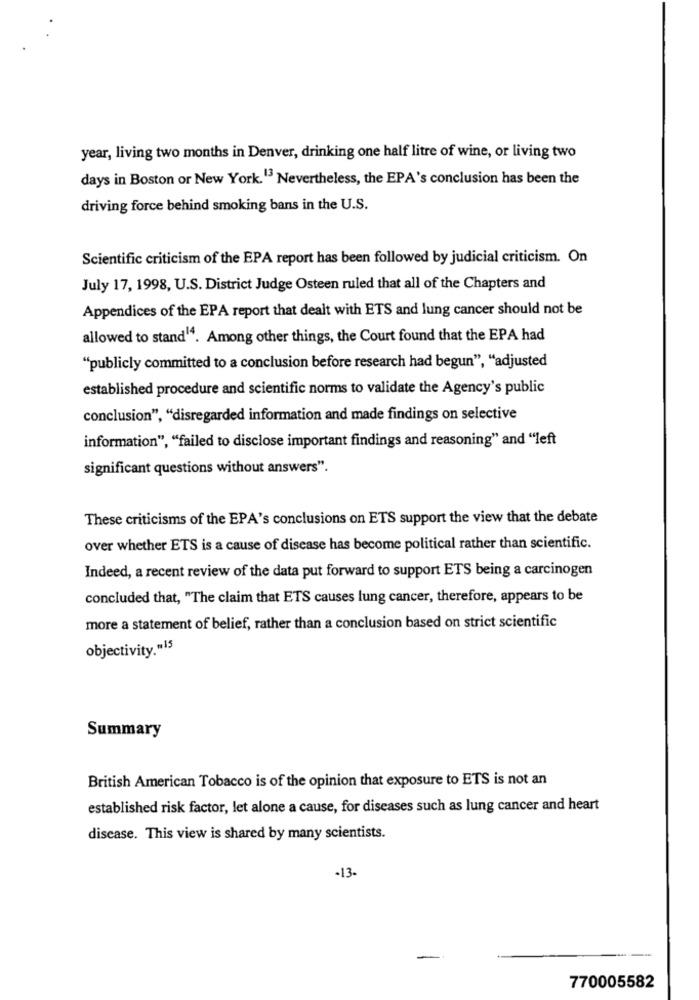
year, living two months in Denver, drinking one half litre of wine, or living two
days in Boston or New York.13 Nevertheless, the EPA's conclusion has been the
driving force behind smoking bans in the U.S.
Scientific criticism of the EPA report has been followed by judicial criticism. On
July 17, 1998, U.S. District Judge Osteen ruled that all of the Chapters and
Appendices of the EPA report that dealt with ETS and lung cancer should not be
allowed to stand"4. Among other things, the Court found that the EPA had
"publicly committed to a conclusion before research had begun", "adjusted
established procedure and scientific norms to validate the Agency's public
conclusion", "disregarded information and made findings on selective
information", "failed to disclose important findings and reasoning" and "left
significant questions without answers".
These criticisms of the EPA's conclusions on ETS support the view that the debate
over whether ETS is a cause of disease has become political rather than scientific.
Indeed, a recent review of the data put forward to support ETS being a carcinogen
concluded that, "The claim that ETS causes lung cancer, therefore, appears to be
more a statement of belief, rather than a conclusion based on strict scientific
objectivity."15
Summary
British American Tobacco is of the opinion that exposure to ETS is not an
established risk factor, let alone a cause, for diseases such as lung cancer and heart
disease. This view is shared by many scientists.
-13-
770005582